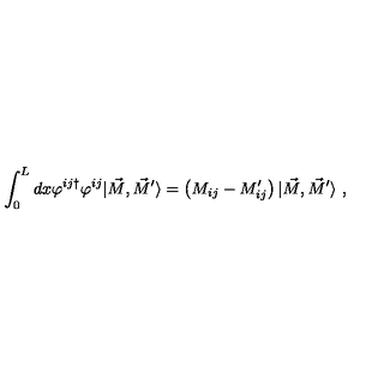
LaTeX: \int _ { 0 } ^ { L } d x \varphi ^ { i j \dagger } \varphi ^ { i j } | \vec { M } , \vec { M } ^ { \prime } \rangle = \left( M _ { i j } - M _ { i j } ^ { \prime } \right) | \vec { M } , \vec { M } ^ { \prime } \rangle \ ,